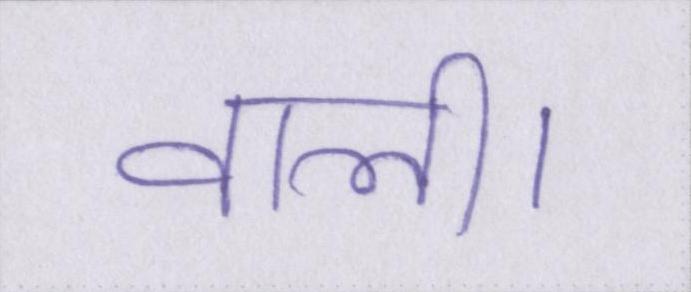
वाली।